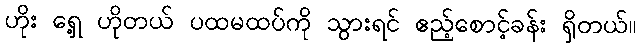
ဟိုး ရှေ့ ဟိုတယ် ပထမထပ်ကို သွားရင် ဧည့်စောင့်ခန်း ရှိတယ်။